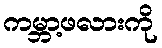
ကမ္ဘာ့ဖလားကို